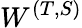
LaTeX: W^{(T,S)}